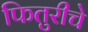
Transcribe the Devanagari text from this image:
फितुरीचे